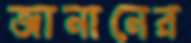
জানানের